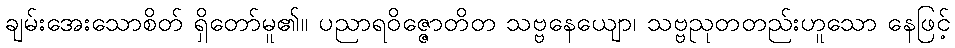
ချမ်းအေးသောစိတ် ရှိတော်မူ၏။ ပညာရဝိဇ္ဇောတိတ သဗ္ဗနေယျော၊ သဗ္ဗညုတတည်းဟူသော နေဖြင့်